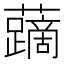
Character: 𧃐